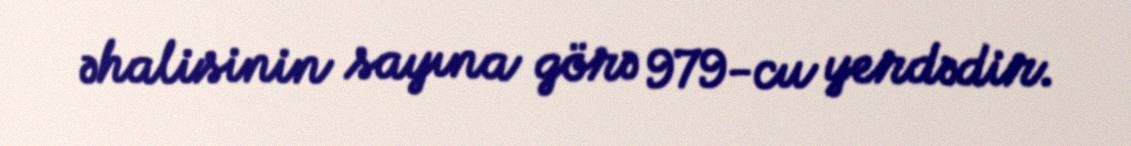
əhalisinin sayına görə 979-cu yerdədir.